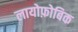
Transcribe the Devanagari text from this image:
लायोफ़ोबिक